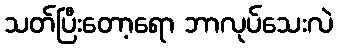
သတ်ပြီးတော့ရော ဘာလုပ်သေးလဲ